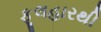
ફૂલહારથી